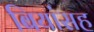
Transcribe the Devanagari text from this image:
बियांसह